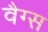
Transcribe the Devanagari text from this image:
वैग्स